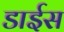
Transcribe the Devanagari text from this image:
डाईस